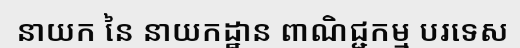
នាយក នៃ នាយកដ្ឋាន ពាណិជ្ជកម្ម បរទេស